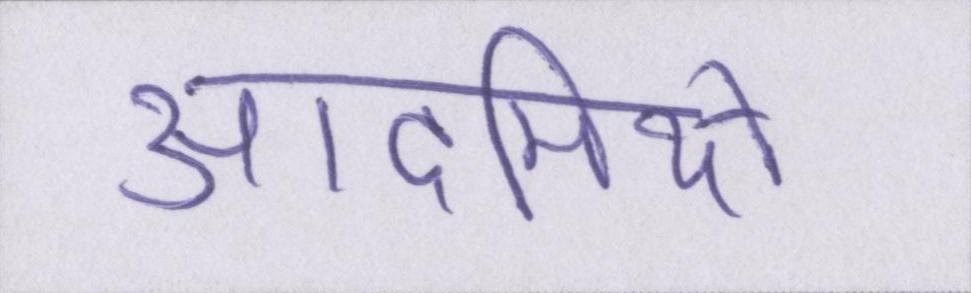
आदमियों